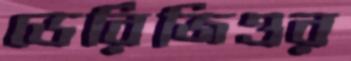
ডেরিজিওর